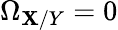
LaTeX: \Omega_{\mathbf{X}/Y}=0